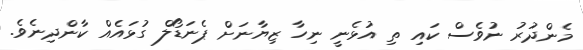
މެންދުރު ނުވެސް ކައި ތި އުޅެނީ ނިހާ ޒިޔާނަށް ޕެނަޑޯލް ގުޅައެއް ކާންދިނެވެ.